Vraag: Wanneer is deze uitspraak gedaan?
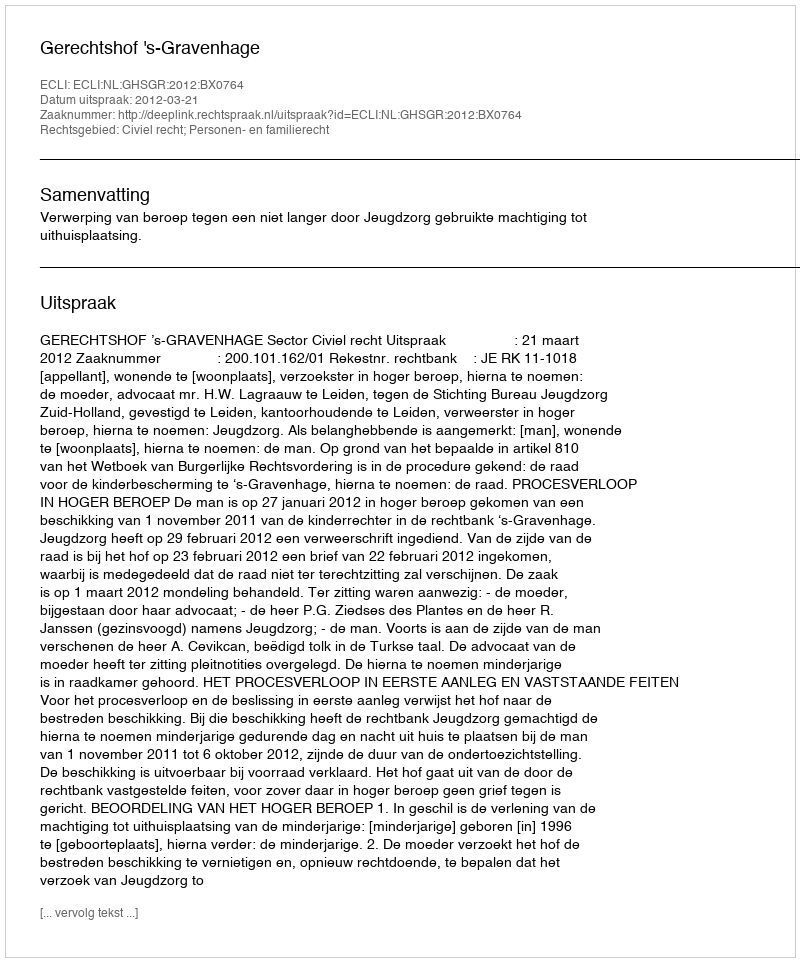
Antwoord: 2012-03-21